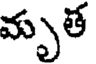
మృతే